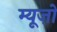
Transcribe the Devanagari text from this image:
म्यूज़ो